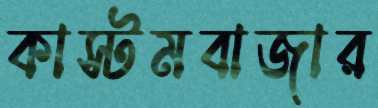
কাস্টমবাজার